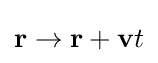
\mathbf {r} \rightarrow \mathbf {r} +\mathbf {v} t